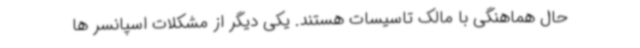
حال هماهنگی با مالک تاسیسات هستند. یکی دیگر از مشکلات اسپانسر ها